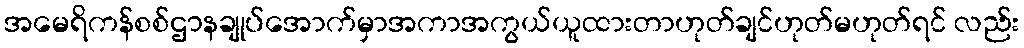
အမေရိကန်စစ်ဌာနချုပ်အောက်မှာအကာအကွယ်ယူထားတာဟုတ်ချင်ဟုတ်မဟုတ်ရင် လည်း